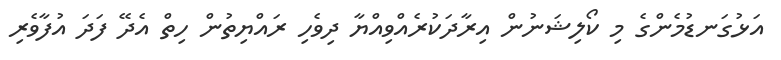
އަޅުގަނޑުމެންގެ މި ކޯލިޝަނުން އިރާދަކުރެއްވިއްޔާ ދިވެހި ރައްޔިތުން ހިތް އެދޭ ފަދަ އުފާވެރި